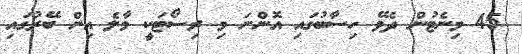
45 މިނެޓުން ދެވޭ ހިސާބުގައި އޮންނަ މި ރިސޯޓަކީ މާލެ އިން ބޭރުގައި